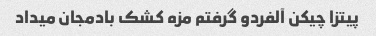
پیتزا چیکن آلفردو گرفتم مزه کشک بادمجان میداد